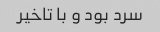
سرد بود و با تاخیر